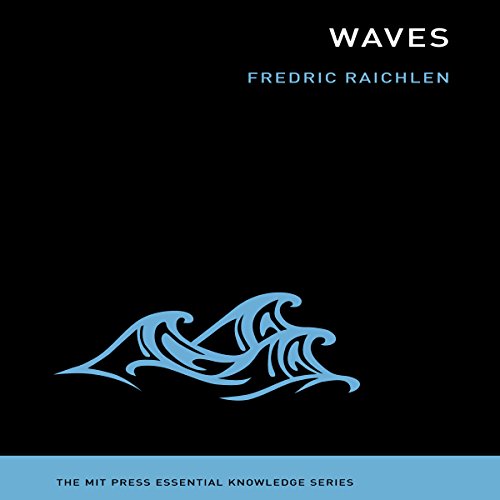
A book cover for Waves; Fredric Raichlen; Science & Math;